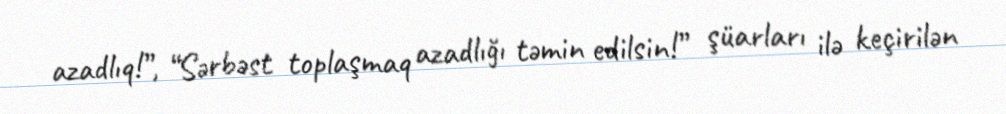
azadlıq!”, “Sərbəst toplaşmaq azadlığı təmin edilsin!” şüarları ilə keçirilən